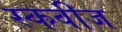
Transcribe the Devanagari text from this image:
स्कवीज